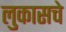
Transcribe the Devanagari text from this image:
लुकासचे